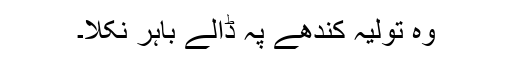
وہ تولیہ کندھے پہ ڈالے باہر نکلا۔